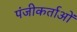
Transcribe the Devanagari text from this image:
पंजीकर्ताओं